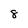
Character: 8